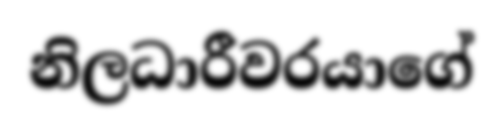
නිලධාරීවරයාගේ